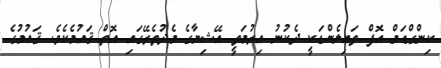
ކިންގްޑަމް އޮފް ތައިލެންޑަކީ ދެކުނު އިރުމަތީ އޭޝިޔާގެ މެދުތެރޭގައި އޮތް ޤައުމެކެވެ. ޤައުމުގެ